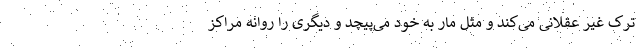
ترک غیر عقلانی می‌کند و مثل مار به خود می‌پیچد و دیگری را روانه مراکز